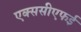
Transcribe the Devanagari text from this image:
एक्ससीएफई